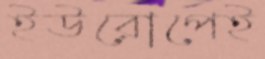
ইউরোপেই